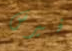
فيرس